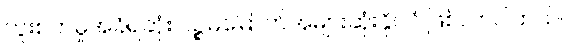
ကူးစက်မှုအခံရဆုံး ပဉ္စမမြောက်အများဆုံးနိုင်ငံ ဖြစ်လာပါတယ်။